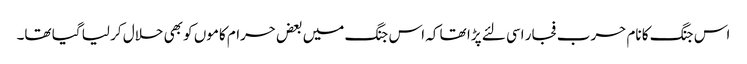
اس جنگ کا نام حرب فجار اسی لئے پڑا تھا کہ اس جنگ میں بعض حرام کاموں کو بھی حلال کر لیا گیا تھا۔